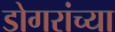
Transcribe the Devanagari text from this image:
डोगरांच्या